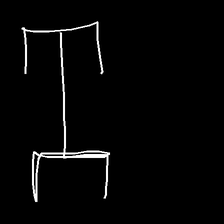
Glyph: entwine